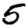
Digit: 5